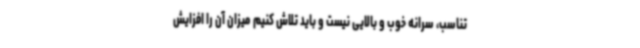
تناسب، سرانه خوب و بالایی نیست و باید تلاش کنیم میزان آن را افزایش